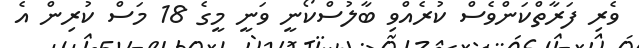
ވެރި ފަރާތްކަންވެސް ކުރެއްވި ބާލުސްކޯނީ ވަނީ މީގެ 18 މަސް ކުރިން އެ